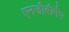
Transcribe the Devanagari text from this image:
एनजीबीमैप